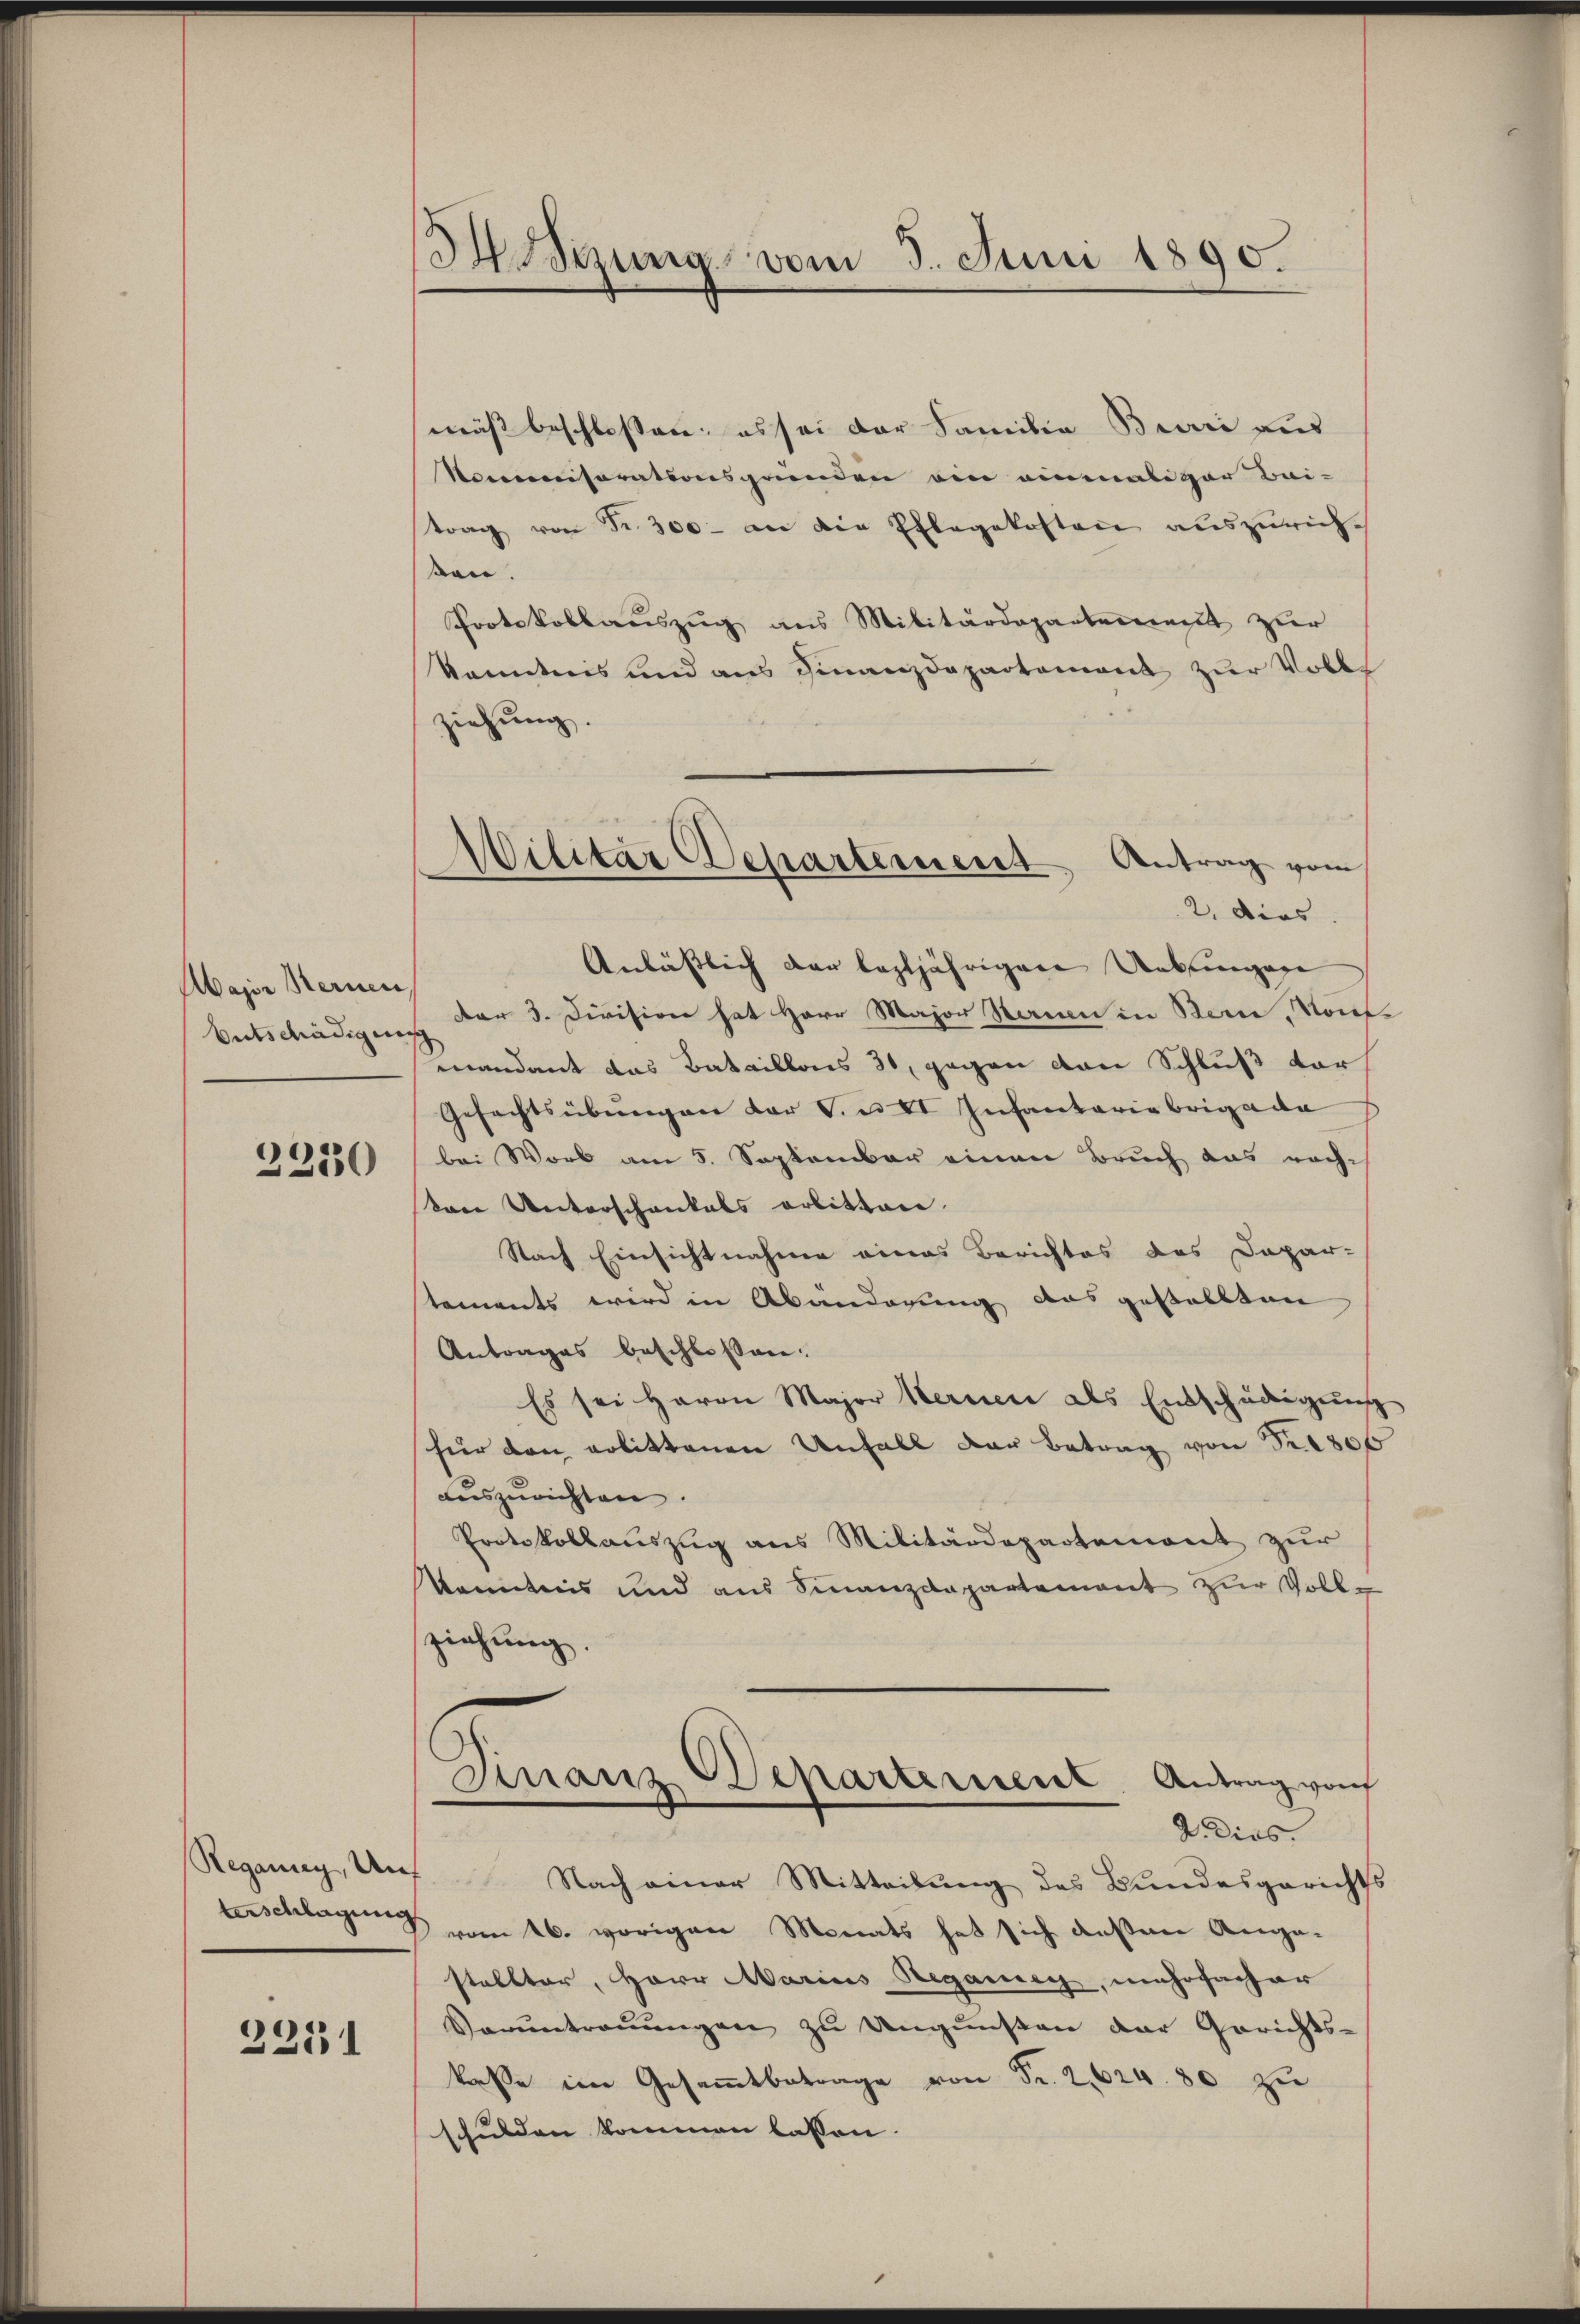
Major Kernen
Entschädigung

2230

terschlagung

2251

Moizung vom 3. Juni 1890.

Wilitar Departement, Antrag vom
2. dies

mäß beschlossen; es sei der Familia Barri aus
Komnisorationsgründen ain einmaliger Bei-
trag von Fr. 300 - an die Pflegekosten auszuricht
sen.
Protokollauszug aus Militärdepartement zur
kanntnis und aus Finanzdepartement zur Volks
ziehung.
Anlässlich der leztjährigen Unklingege
Dar 3. Division hat Herr Major Hauen in Bern, Vous
s
mandant das Bataillonis 31, gegen von Schluß vor¬
Gefechtsübungen der S. u. II Infantaria Brigade
bei Worb am 5. September einen Bruch das nachkrn Unterschankals arbitten.
Nach Einsichtnahme eines Berichtes des Depar-
tements wird in Abänderung das gestallten
Antrages beschlossen:
Es sei Herrn Major Kernen als Entschädigung
für den erlittenen Unfall der Betrag von Fr. 1800
auszurichten.
Protokollauszug aus Militärdepartement zur
kenntnis und aus Finanzdepartement zur Voll-
ziehung.
Finanz-Departerient. Antrag von
2. dies
Reganny, auf Nach einer Mitteilung des Bundesgerichts
vom 26. vorigen Monats hat sich außere Anga-
stellter, Herr Marias Reganney, mehrfacher
Voruntreṅŭngen zu Ungnißen der Gerichts-
kaße im Gesammtbetrage von Fr. 2, 624. 80 zu
schulden kommen lassen.